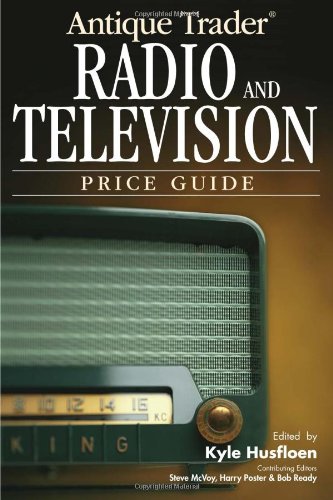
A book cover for Antique Trader Radio & Television Price Guide; Kyle Husfloen; Crafts, Hobbies & Home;